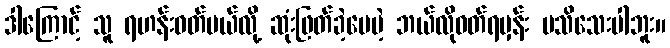
ဒါကြောင့် သူ ရဟန်းဝတ်မယ်လို့ ဆုံးဖြတ်ခဲ့ပေမဲ့ ဘယ်လိုဝတ်ရမှန်း မသိသေးပါဘူး။